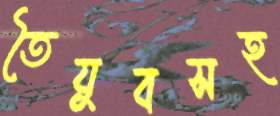
তৈয়ুবসহ